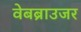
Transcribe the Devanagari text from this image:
वेबब्राउजर